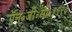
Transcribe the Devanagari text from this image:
ऍन॰जी॰सी॰१९९०